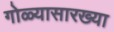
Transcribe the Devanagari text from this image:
गोळ्यासारख्या